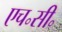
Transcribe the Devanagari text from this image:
एच॰सी॰